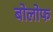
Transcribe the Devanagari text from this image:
बोलोफ